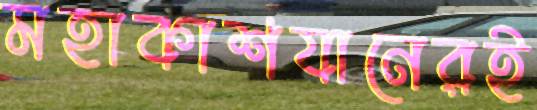
মহাকাশযানেরই